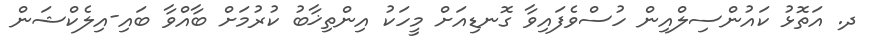
ދ. އަތޮޅު ކައުންސިލްއިން ހުސްވެފައިވާ ގޮނޑިއަށް މީހަކު އިންތިޚާބު ކުރުމަށް ބާއްވާ ބައި-އިލެކްޝަން